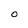
Character: 0